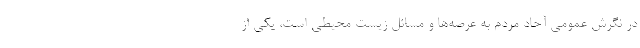
در نگرش عمومی آحاد مردم به عرصه‌ها و مسائل زیست محیطی است، یکی از